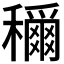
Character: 𫁉